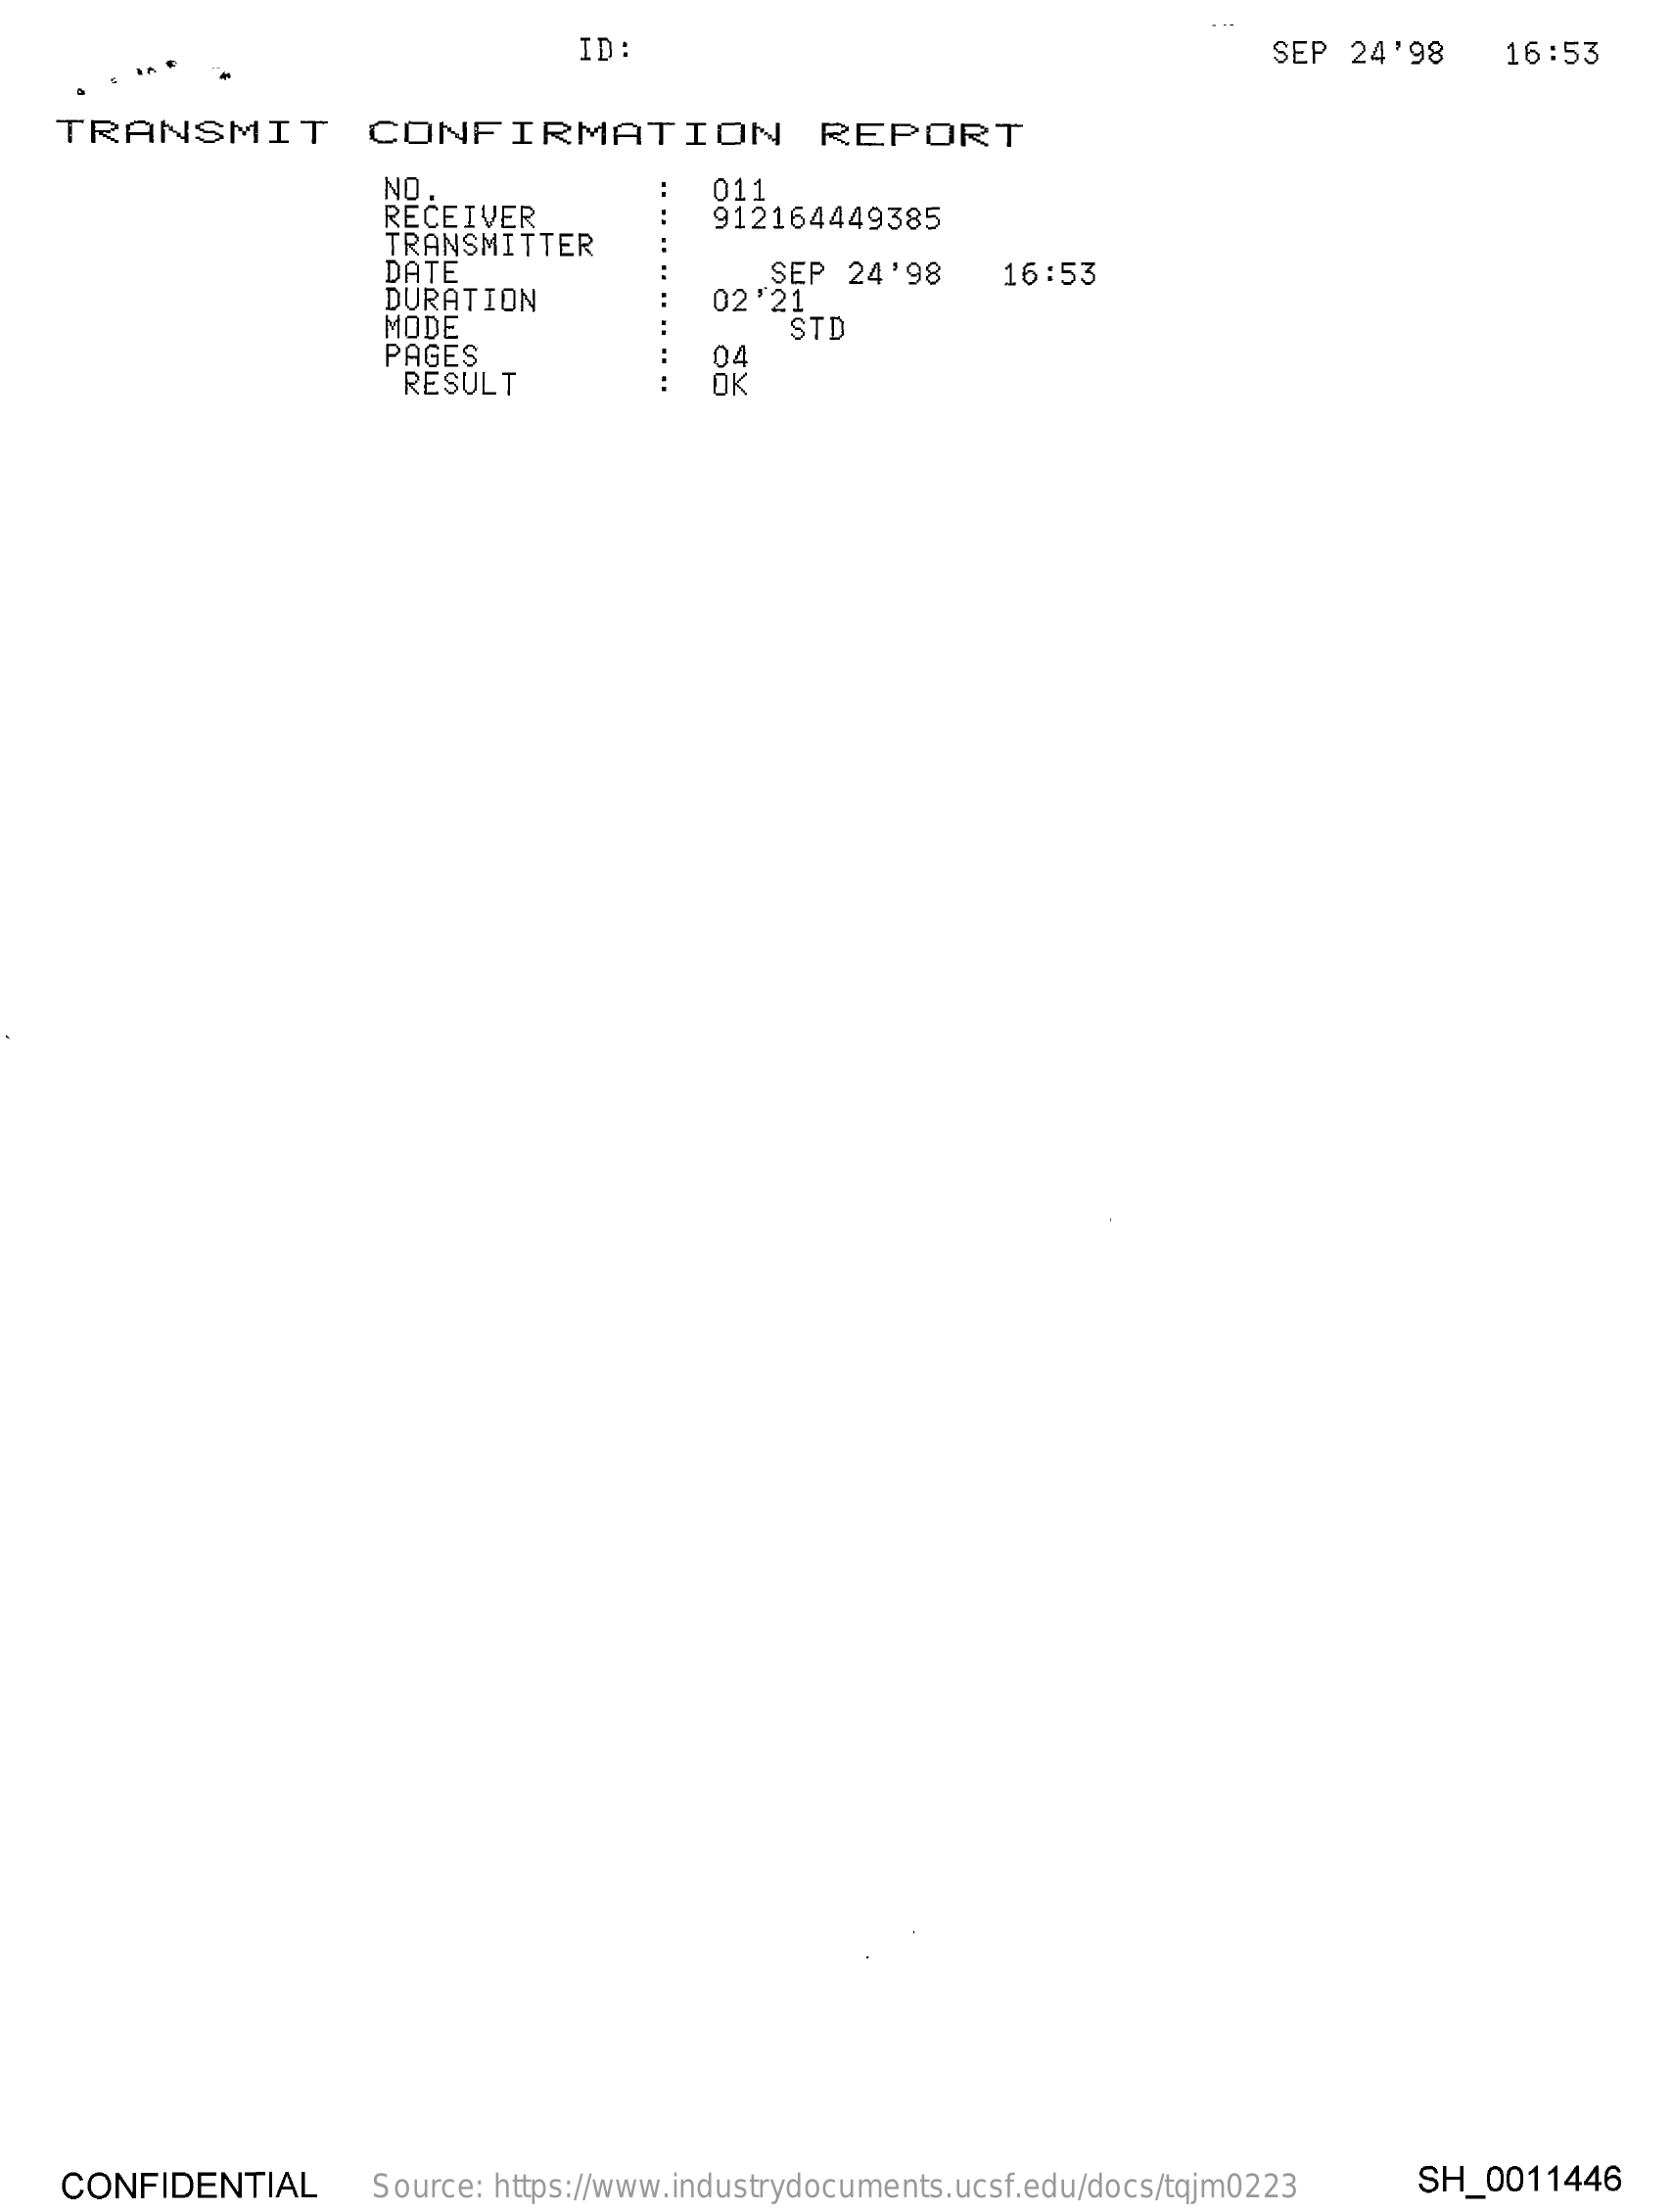
ID:    SEP 24'98   16:53
   TRANSMIT    CONFIRMATION    REPORT
     NO
     RECEIVER
     011
     TRANSMITTER
     912164449385
     DATE
     DURATION
     SEP 24'98   16:53
     MODE
     02"21
     PAGES
     STD
     RESULT
   CONFIDENTIAL    Source: https://www.industrydocuments.ucsf.edu/docs/tqjm0223 SH_0011446